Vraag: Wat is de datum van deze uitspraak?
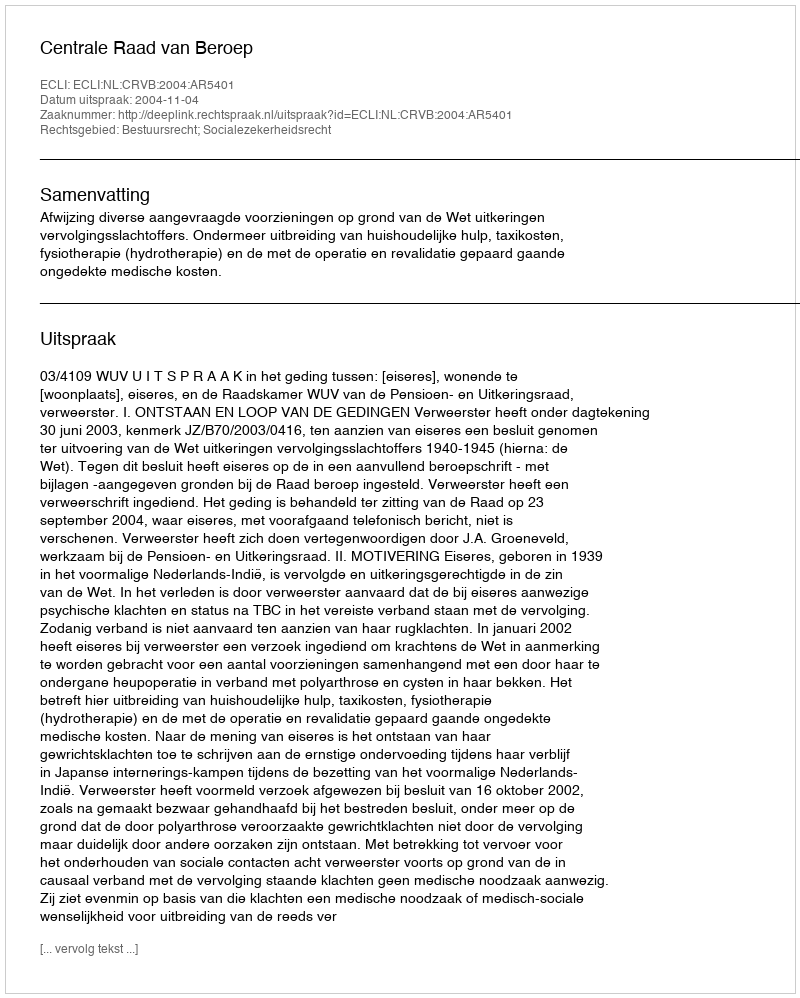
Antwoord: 2004-11-04